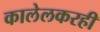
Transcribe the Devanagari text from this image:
कालेलकरही